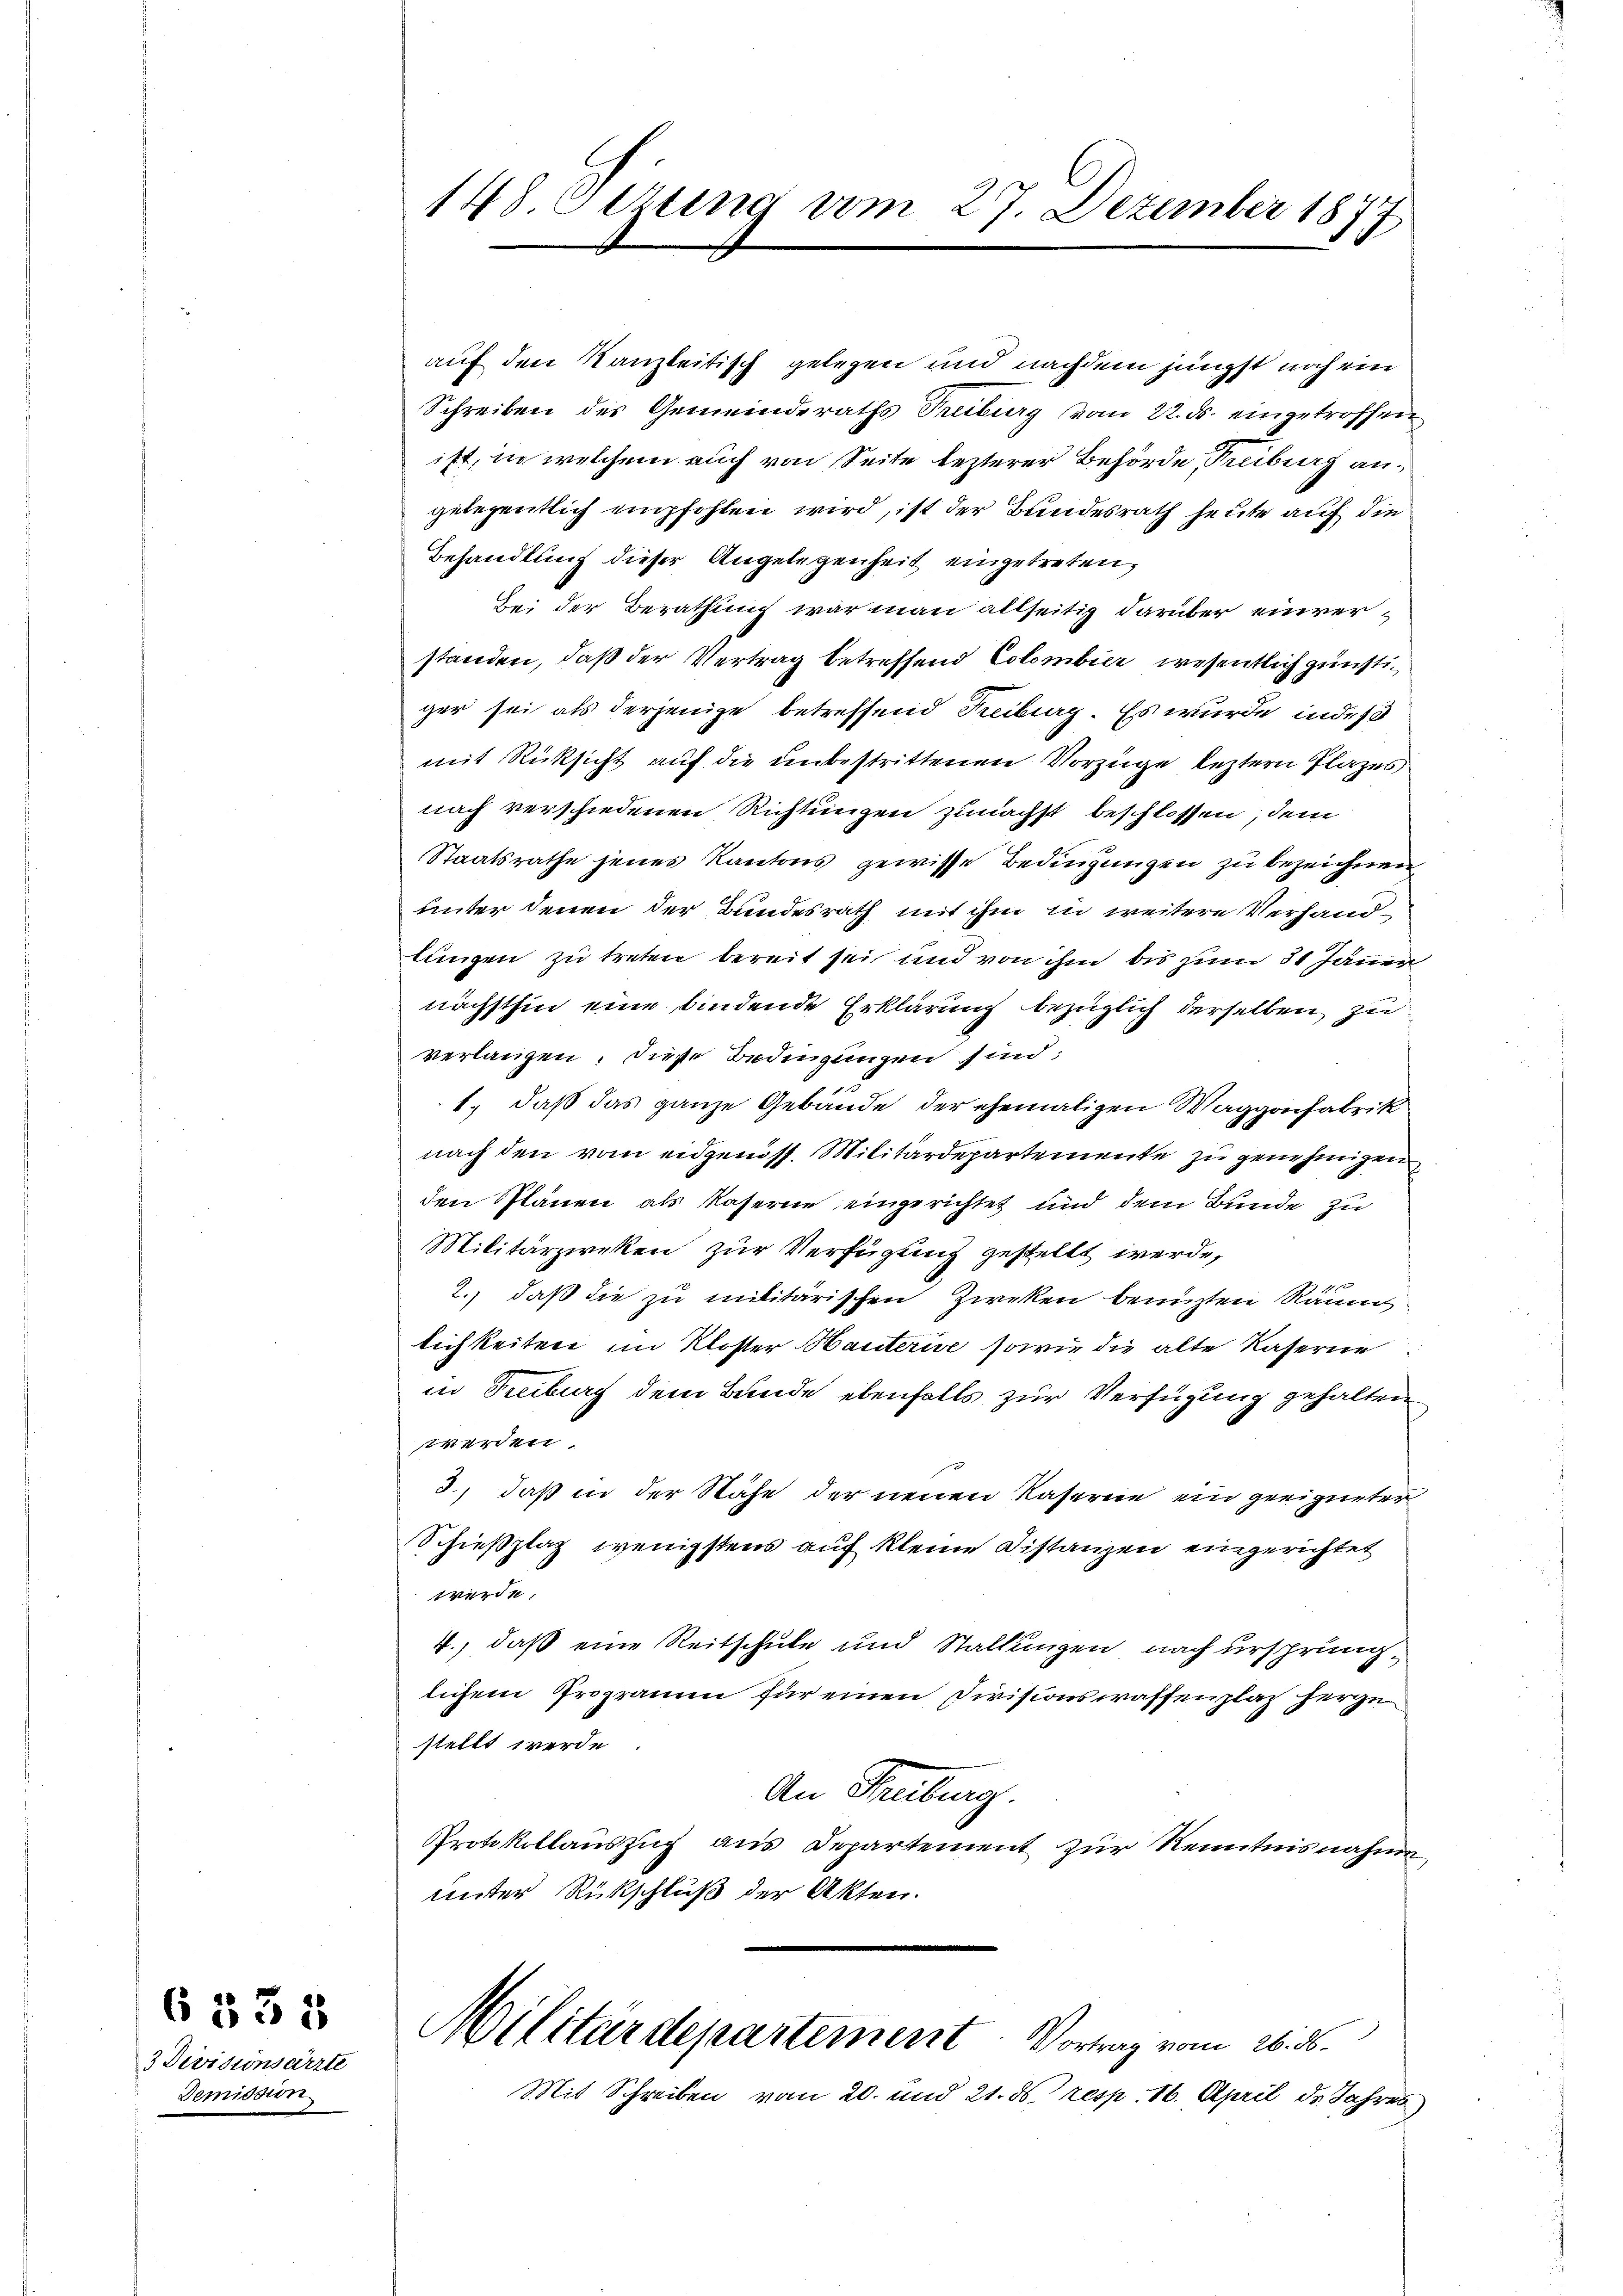
3 Devisionsärzte
Demission

6533

148. Cetting vom 27. Dezember 1874
16

auf den Kanzleitisch gelegen und nachdem jüngst noch ein
Schreiben des Gemeinderaths Truburg vom 22. ds. eingetroffen
ist, in welchem auch von Seite lezterer Behörde, Freiburg angelegentlich empfohlen wird, ist der Bundesrath heute auf die
Behandlung dieser Angelegenheit eingetreten,
Bei der Berathung war man allseitig darüber einverstanden, daß der Vertrag betreffend Colombier, wesentlich günstiger sei als derjenige betreffend Kreiburg. Es wurde indeß
mit Rücksicht auf die unbestrittenen Vorzüge leztern Plazes
nach verschiedenen Richtungen zunächst beschlossen, dem
Staatsrathe jenes Kantons gewisse Bedingungen zu bezeichnen
unter denen der Bundesrath mit ihm in weitere Verhandlungen zu treten bereit sei und von ihm bis zum 31 Jannen
nächsthin eine bindende Erklärung bezüglich derselben zu
verlangen, diese Bedingungen sind;
1., daß das ganze Gebäude der ehemaligen Waggonfabrik
nach den vom eidgenöss. Militärdepartemente zu genehmigen
den Plänen als Kaserne eingerichtet und dem Bunde zu
Militärzweken zur Verfügung gestellt werde,
1
2.) daß die zu militärischen Zweken benuzten Räum
lichkeiten im Kloster Hauterie, sowie die alte Kaserne
in Fribourg dem Bunde ebenfalls zur Verfügung gehalten
werden
3., daß in der Nähe der neuen Kaserne ein geeigneter
Schießplaz wenigstens auf kleine Distanzen eingerichtet
werde,
4., daß eine Reitschule und Stallungen nach ursprung
lichem Programm für einen Divisionswaffenplaz herzu
stellt werde.
An Treiburg.
Protokollauszug aus Departement zur Kenntnisnahme
unter Rückschluß der Akten.
Militärdepartement. Vortrag vom 26. ds.
Mit Schreiben vom 20. und 21. ds. resp. 16. April d. Jahres